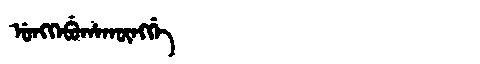
Manchu: ᡠᠩᡴᡝᠪᡠᡥᠠᡴᡡᠩᡤᡝ
Romanization: UNGKEBUHAKŪNGGE